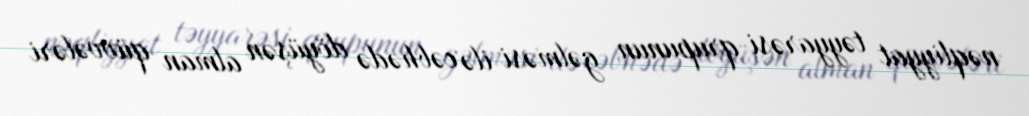
nəqliyyat təyyarəsi qrupunun gəlməsi ilə cəbhədə döyüşən alman qüvvələri